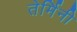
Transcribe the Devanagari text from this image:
तेर्मिनी